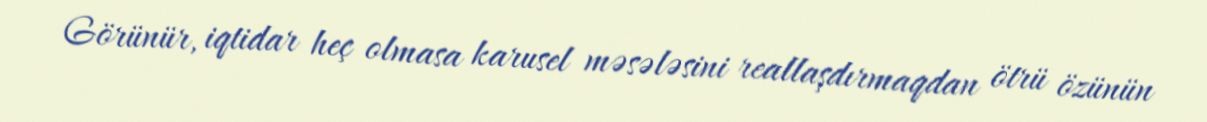
Görünür, iqtidar heç olmasa karusel məsələsini reallaşdırmaqdan ötrü özünün